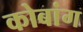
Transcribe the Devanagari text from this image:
कोबांग